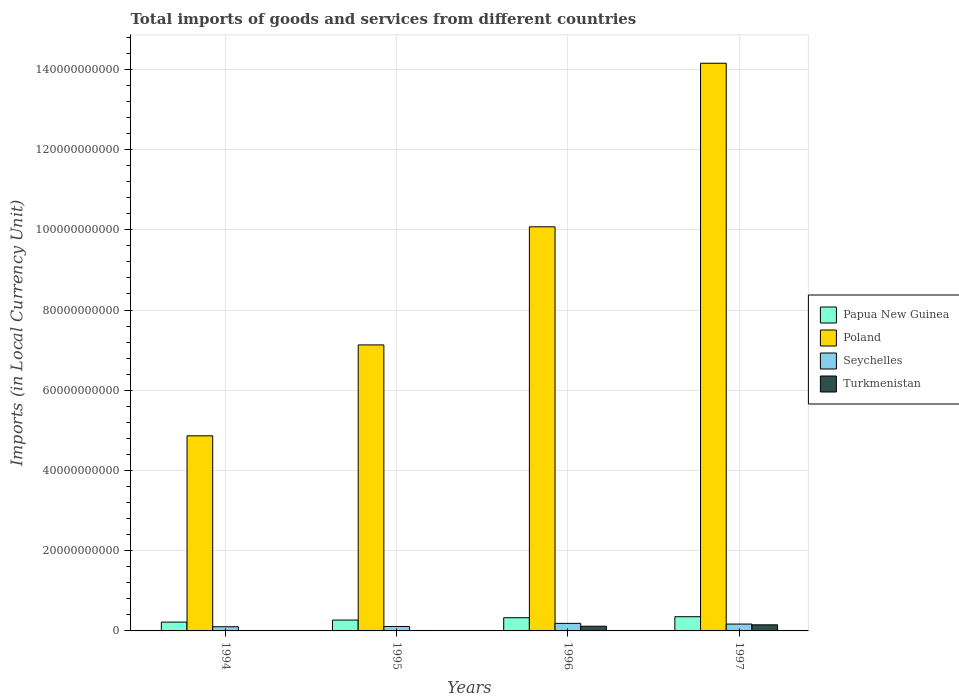
| Years | Papua New Guinea | Poland | Seychelles | Turkmenistan |
 | --- | --- | --- | --- | --- |
 | 1994 | 2.2e+09 | 4.86e+10 | 1.04e+09 | 1.49e+07 |
 | 1995 | 2.71e+09 | 7.13e+10 | 1.11e+09 | 1.1e+08 |
 | 1996 | 3.29e+09 | 1.01e+11 | 1.88e+09 | 1.17e+09 |
 | 1997 | 3.54e+09 | 1.42e+11 | 1.71e+09 | 1.52e+09 |